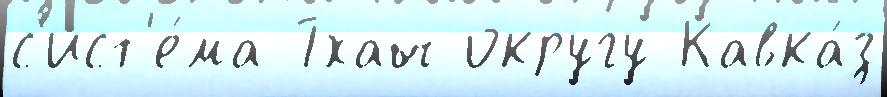
с'ист'е́ма Тхач округу Кавка́з